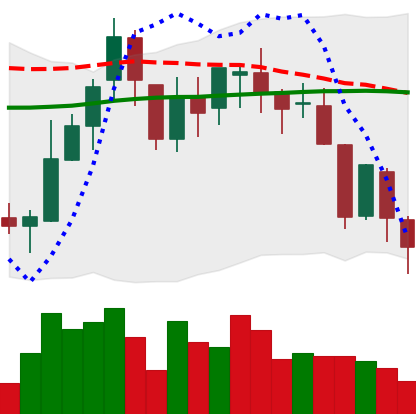
Ticker: BNB-USD
Chart end date: 2018-08-11
Forward return: -16.481%
Label: down_7plus